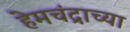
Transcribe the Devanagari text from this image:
हेमचंद्राच्या